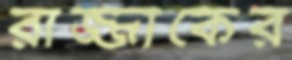
রাজ্জাকের